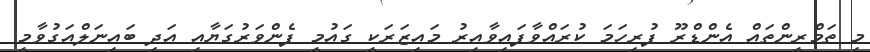
މި ތަމްރީންތައް އެންޑްރޫ ފުރިހަމަ ކުރައްވާފައިވާއިރު މައިޒަރަކީ ގައުމީ ފެންވަރުގަޔާއި އަދި ބައިނަލްއަގުވާމީ